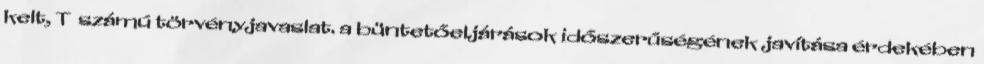
kelt, T számú törvényjavaslat. a büntetőeljárások időszerűségének javítása érdekében